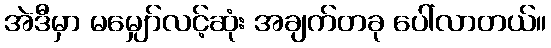
အဲဒီမှာ မမျှော်လင့်ဆုံး အချက်တခု ပေါ်လာတယ်။